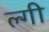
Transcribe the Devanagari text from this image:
ल्गी